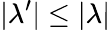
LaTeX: |\lambda^{\prime}|\leq|\lambda|